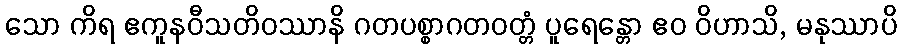
သော ကိရ ဧကူနဝီသတိဝဿာနိ ဂတပစ္စာဂတဝတ္တံ ပူရေန္တော ဧဝ ဝိဟာသိ, မနုဿာပိ